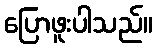
ပြောဖူးပါသည်။